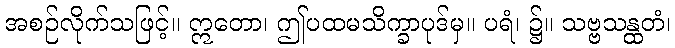
အစဉ်လိုက်သဖြင့်။ ဣတော၊ ဤပထမသိက္ခာပုဒ်မှ။ ပရံ၊ ၌။ သဗ္ဗသန္ထတံ၊